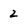
Character: 2